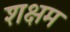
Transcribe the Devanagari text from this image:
शक्षम